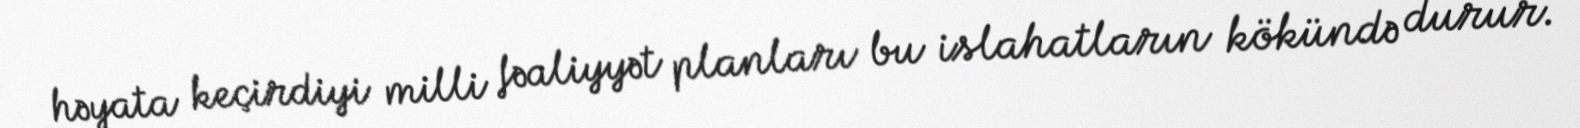
həyata keçirdiyi milli fəaliyyət planları bu islahatların kökündə durur.